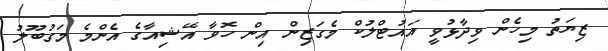
ޒިޔަތު މިހެން ވިދާޅުވީ އައުޓްލުކް މެގަޒިން އިން ހޮވާ އޭޝިއާގެ އެންމެ މަގުބޫލު